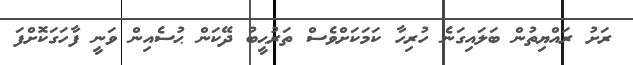
ރަށު ރައްޔިތުން ބަލައިގަނެ ހުރިހާ ކަމަކަށްވެސް ތަރުޙީބު ދޭކަން ޙުސެއިން ވަނީ ފާހަގަކޮށްފަ